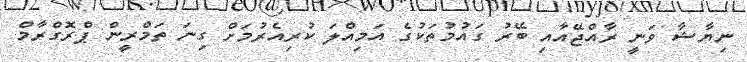
ނިޔާޝާ ވަނީ ރާއްޖޭއާއި ބޭރު ގައުމުތަކުގެ އަމިއްލަ ކުރިއެރުމަށް ގިނަ ތަމްރީން ޕްރޮގްރާމް